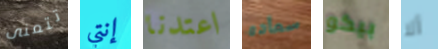
تتمنى إنتي اعتدنا سعاده بيكو ألا